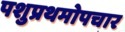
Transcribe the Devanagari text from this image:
पशुप्रथमोपचार